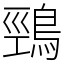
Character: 鵛